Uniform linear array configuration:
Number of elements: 16
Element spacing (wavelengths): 1
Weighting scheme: hann
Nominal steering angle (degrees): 15
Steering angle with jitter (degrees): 14.432
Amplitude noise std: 0.05
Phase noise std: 0.05

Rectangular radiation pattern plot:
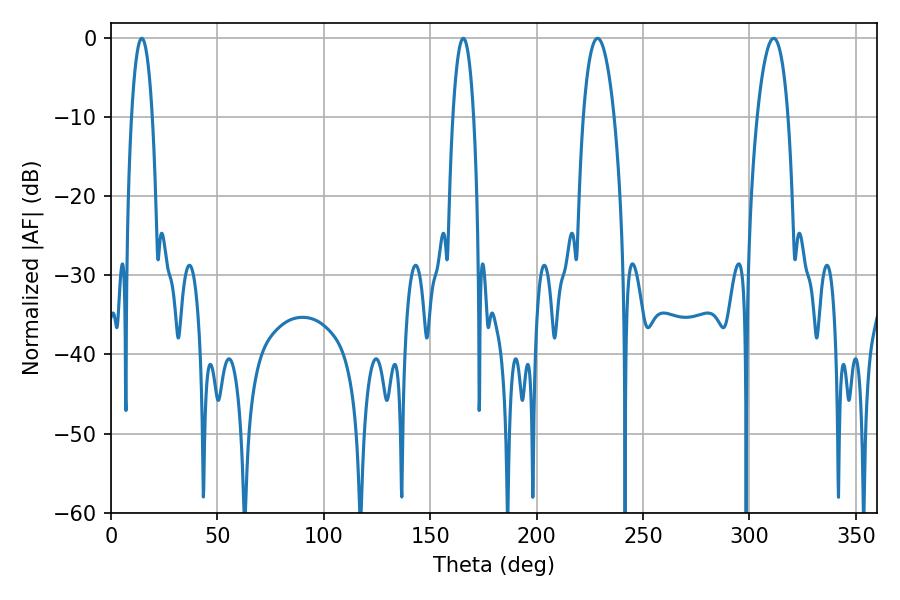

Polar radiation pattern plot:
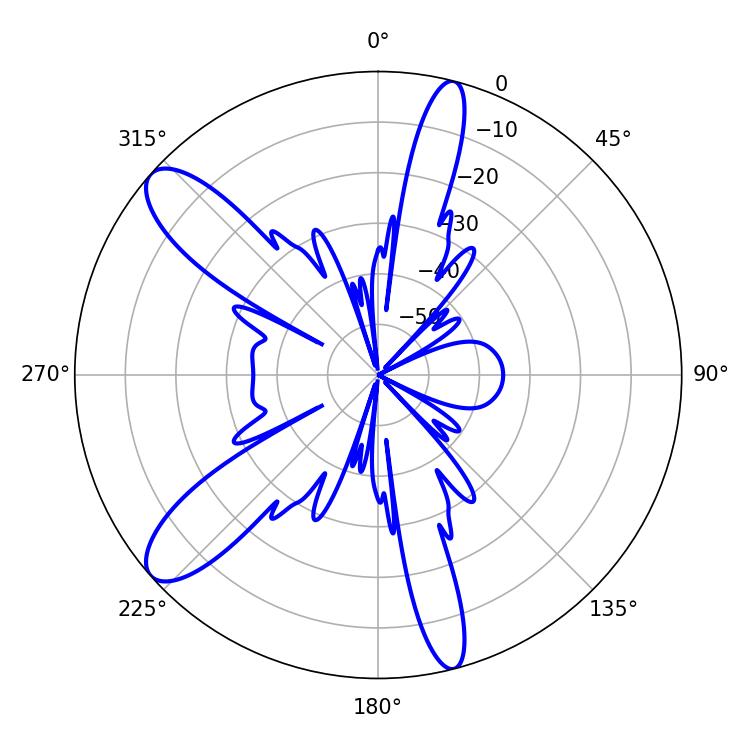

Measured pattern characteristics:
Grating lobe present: TRUE
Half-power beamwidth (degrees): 8.1
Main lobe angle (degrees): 228.6